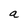
Character: a